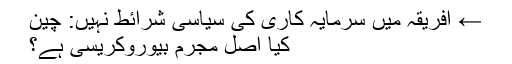
← افریقہ میں سرمایہ کاری کی سیاسی شرائط نہیں: چین
کیا اصل مجرم بیوروکریسی ہے؟